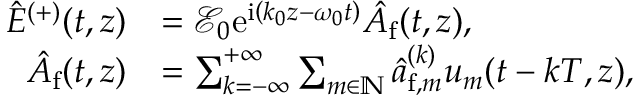
\begin{array} { r l } { \hat { E } ^ { ( + ) } ( t , z ) } & { = \mathcal { E } _ { 0 } \mathrm { e } ^ { \mathrm { i } \left( k _ { 0 } z - \omega _ { 0 } t \right) } \hat { A } _ { \mathrm { f } } ( t , z ) , } \\ { \hat { A } _ { \mathrm { f } } ( t , z ) } & { = \sum _ { k = - \infty } ^ { + \infty } \sum _ { m \in \mathbb { N } } \hat { a } _ { \mathrm { f } , m } ^ { ( k ) } u _ { m } ( t - k T , z ) , } \end{array}